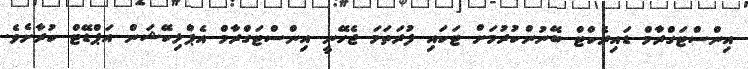
އިންސްޓަގްރާމް ޑައިރެކްޓް ބޭނުންކުރުމަށް ޓަކައި ފުރަތަމަ ޖެހޭނީ އިންސްޓަގްރާމް އެޕްލިކޭޝަން އަޕްޑޭޓް ކުރާށެވެ.